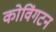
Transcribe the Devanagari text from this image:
कोविंगटन